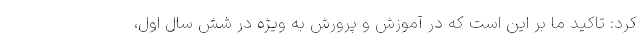
کرد: تاکید ما بر این است که در آموزش و پرورش به ویژه در شش سال اول،